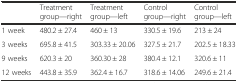
<table><thead><tr><td></td><td><b>Treatment group—right</b></td><td><b>Treatment group—left</b></td><td><b>Control group—right</b></td><td><b>Control group—left</b></td></tr></thead><tbody><tr><td>1 week</td><td>480.2 ± 27.4</td><td>460 ± 13</td><td>330.5 ± 19.6</td><td>213 ± 24</td></tr><tr><td>3 weeks</td><td>695.8 ± 41.5</td><td>303.33 ± 20.06</td><td>327.5 ± 21.7</td><td>202.5 ± 18.33</td></tr><tr><td>9 weeks</td><td>620.3 ± 20</td><td>360.30 ± 28</td><td>380.4 ± 12.1</td><td>320.6 ± 11</td></tr><tr><td>12 weeks</td><td>443.8 ± 35.9</td><td>362.4 ± 16.7</td><td>318.6 ± 14.06</td><td>249.6 ± 21.4</td></tr></tbody></table>